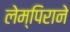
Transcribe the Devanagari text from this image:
लेम्पिराने